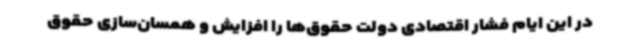
در این ایام فشار اقتصادی دولت‌ حقوق‌ها را افزایش و همسان‌سازی حقوق